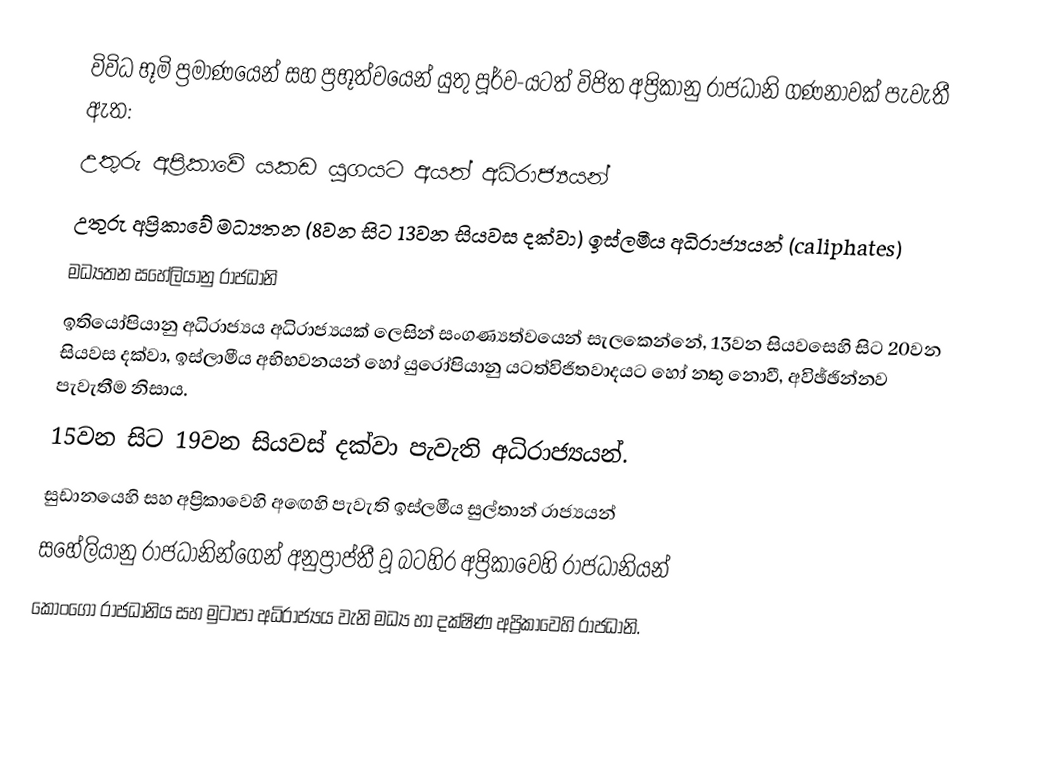
විවිධ භූමි ප්‍රමාණයෙන් සහ  ප්‍රභූත්වයෙන් යුතු පූර්ව-යටත් විජිත අප්‍රිකානු රාජධානි ගණනාවක් පැවැතී ඇත:
උතුරු අප්‍රිකාවේ යකඩ යුගයට අයත් අධිරාජ්‍යයන්
උතුරු අප්‍රිකාවේ මධ්‍යතන (8වන සිට 13වන සියවස දක්වා) ඉස්ලමීය අධිරාජ්‍යයන් (caliphates)
මධ්‍යතන සහේලියානු රාජධානි
ඉතියෝපියානු අධිරාජ්‍යය අධිරාජ්‍යයක් ලෙසින් සංගණ්‍යත්වයෙන් සැලකෙන්නේ, 13වන සියවසෙහි සිට 20වන සියවස දක්වා, ඉස්ලාමීය අභිභවනයන් හෝ යුරෝපියානු යටත්විජිතවාදයට හෝ නතු නොවී, අවිඡ්ඡින්නව පැවැතීම නිසාය.
15වන සිට 19වන සියවස් දක්වා පැවැති අධිරාජ්‍යයන්.
සුඩානයෙහි සහ අප්‍රිකාවෙහි අ‍ඟෙහි පැවැති ඉස්ලමීය සුල්තාන් රාජ්‍යයන්
 සහේලියානු රාජධානින්ගෙන් අනුප්‍රාප්තී වූ බටහිර අප්‍රිකාවෙහි රාජධානියන්
කොංගෝ රාජධානිය සහ මුටාපා අධිරාජ්‍යය වැනි මධ්‍ය හා දක්ෂිණ අප්‍රිකාවෙහි රාජධානි.